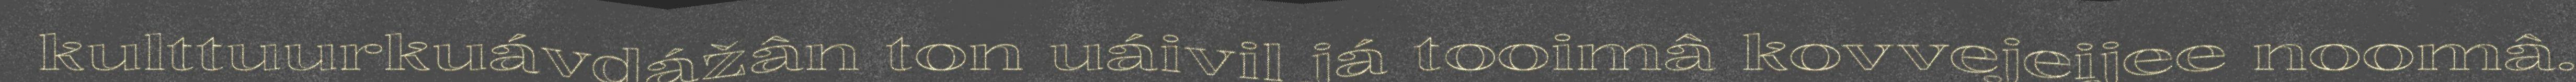
kulttuurkuávdážân ton uáivil já tooimâ kovvejeijee noomâ.